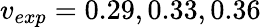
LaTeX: v_{exp}=0.29,0.33,0.36